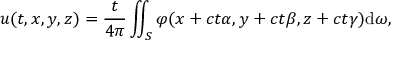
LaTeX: u ( t , x , y , z ) = { \frac { t } { 4 \pi } } \iint _ { S } \varphi ( x + c t \alpha , y + c t \beta , z + c t \gamma ) \mathrm { d } \omega ,